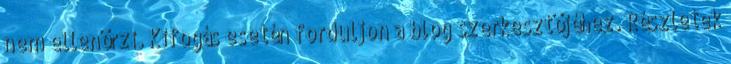
nem ellenőrzi. Kifogás esetén forduljon a blog szerkesztőjéhez. Részletek